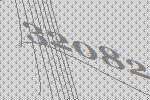
32082